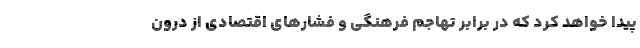
پیدا خواهد کرد که در برابر تهاجم فرهنگی و فشارهای اقتصادی از درون